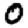
Digit: 0